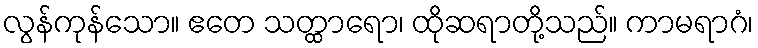
လွန်ကုန်သော။ ဧတေ သတ္ထာရော၊ ထိုဆရာတို့သည်။ ကာမရာဂံ၊